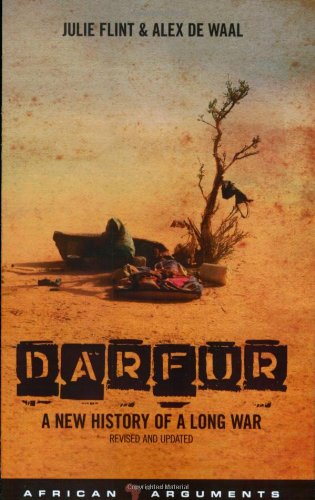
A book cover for Darfur: A New History of a Long War (African Arguments); Julie Flint; History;